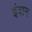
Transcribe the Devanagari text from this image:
इंत्रान